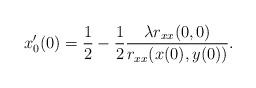
LaTeX: \begin{align*} x_0'(0) = \frac{1}{2} - \frac{1}{2}\frac{\lambda r_{xx}(0,0)}{r_{xx}(x(0),y(0))}.\end{align*}